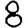
Digit: 8